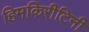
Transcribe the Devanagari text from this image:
हिमकिरीटिनी